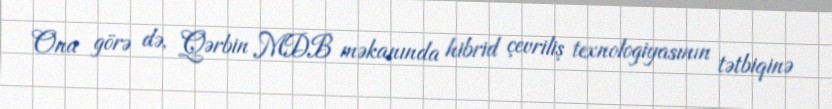
Ona görə də, Qərbin MDB məkanında hibrid çevriliş texnologiyasının tətbiqinə